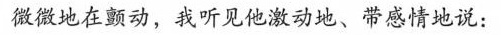
微微地在颤动，我听见他激动地、带感情地说：